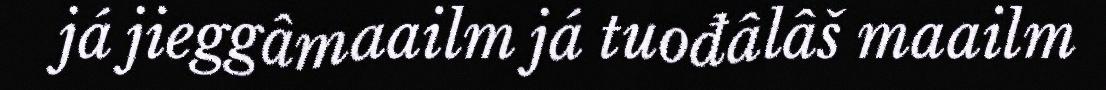
já jieggâmaailm já tuođâlâš maailm